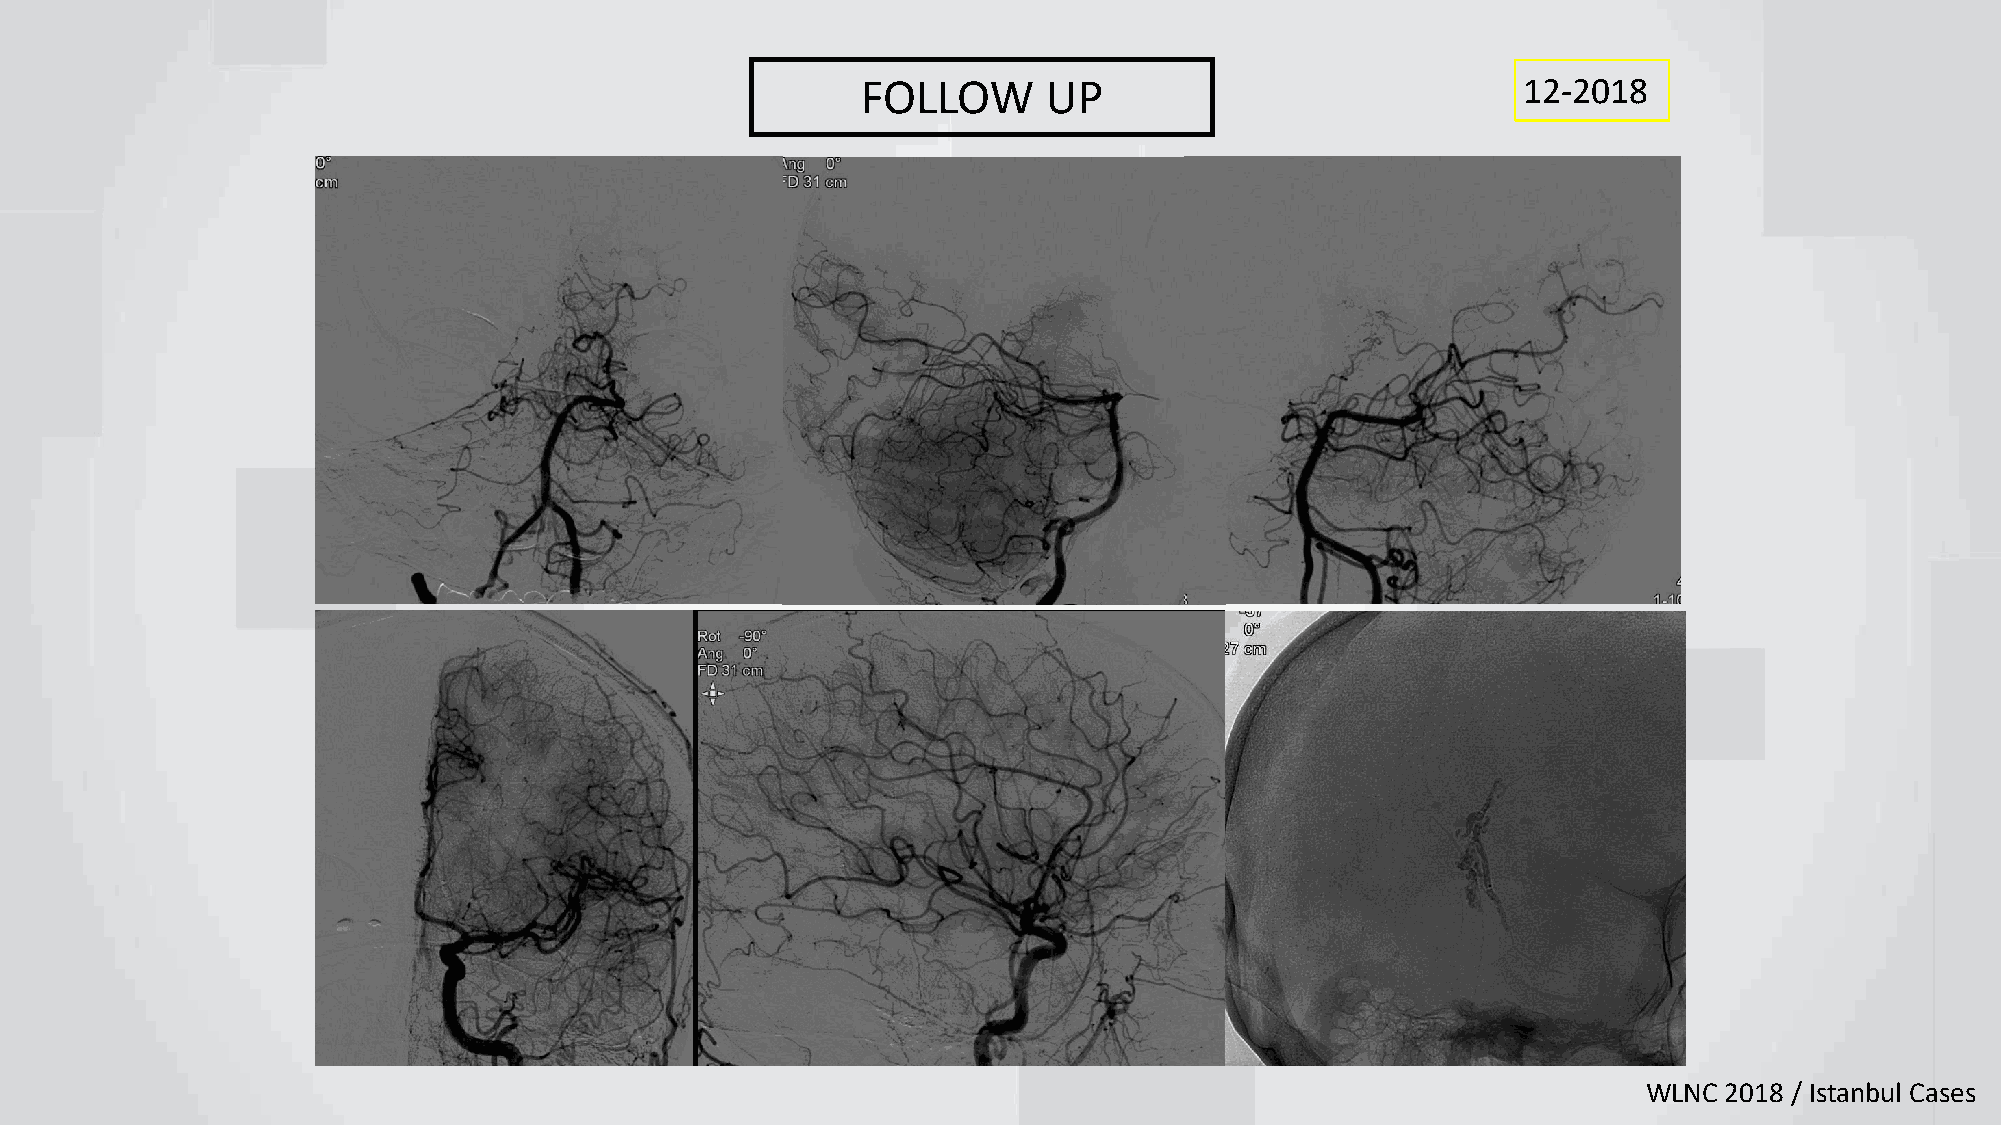
FOLLOW      UP                              12-2018
 WLNC 2018 / Istanbul Cases